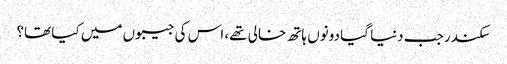
سکندر جب دنیا گیا دونوں ہاتھ خالی تھے، اس کی جیبوں میں کیا تھا؟